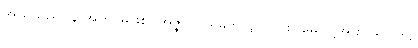
အယူသည်။ န အဟု၊ မဖြစ်။ အဇ္ဇာပိ၊ ယခုဘဝ၌လည်း။ မေ၊ ငါ့အား။ သာ ဒိဋ္ဌိ၊